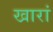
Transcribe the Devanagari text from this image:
खारां